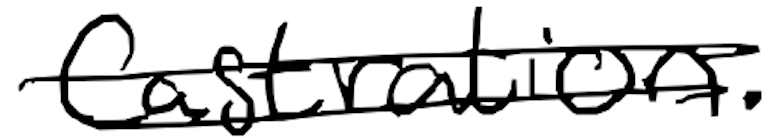
Text: castration.
Cross-out: double-line
Writing tool: digital_black